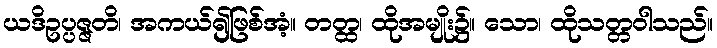
ယဒိဥပ္ပဇ္ဇတိ၊ အကယ်၍ဖြစ်အံ့။ တတ္ထ၊ ထိုအမျိုး၌။ သော၊ ထိုသတ္တဝါသည်။